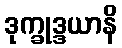
ဒုက္ခုဒ္ဒယာနိ